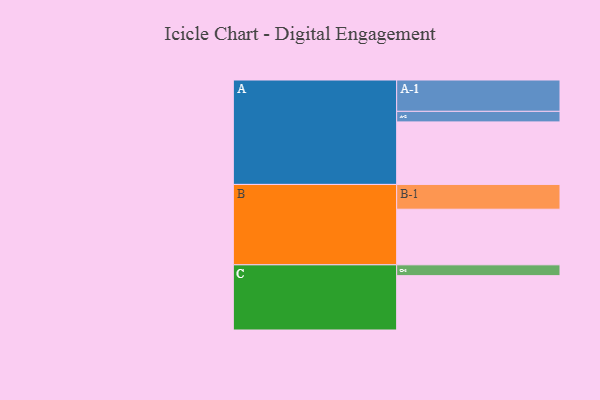
{"axis": {"x": "Segment", "y": "Value"}, "legend": ["", "A", "B", "C"], "data": [{"x": "A", "y": 497, "type": ""}, {"x": "B", "y": 442, "type": ""}, {"x": "C", "y": 432, "type": ""}, {"x": "A-1", "y": 249, "type": "A"}, {"x": "A-2", "y": 84, "type": "A"}, {"x": "B-1", "y": 197, "type": "B"}, {"x": "C-1", "y": 86, "type": "C"}]}